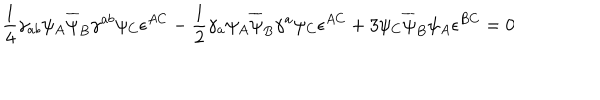
\frac { 1 } { 4 } \gamma _ { a b } \psi _ { A } \overline { { { \psi } } } _ { B } \gamma ^ { a b } \psi _ { C } \epsilon ^ { A C } - \frac { 1 } { 2 } \gamma _ { a } \psi _ { A } \overline { { { \psi } } } _ { B } \gamma ^ { a } \psi _ { C } \epsilon ^ { A C } + 3 \psi _ { C } \overline { { { \psi } } } _ { B } \psi _ { A } \epsilon ^ { B C } = 0